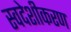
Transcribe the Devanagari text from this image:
स्वदेशीकरण